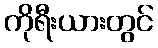
ကိုရီးယားတွင်